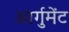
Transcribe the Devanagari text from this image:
आर्गुमेंट